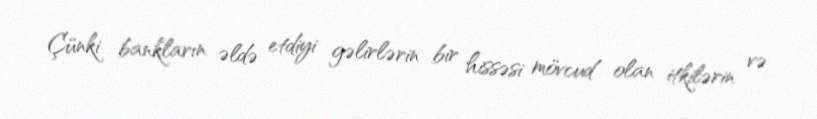
Çünki bankların əldə etdiyi gəlirlərin bir hissəsi mövcud olan itkilərin və